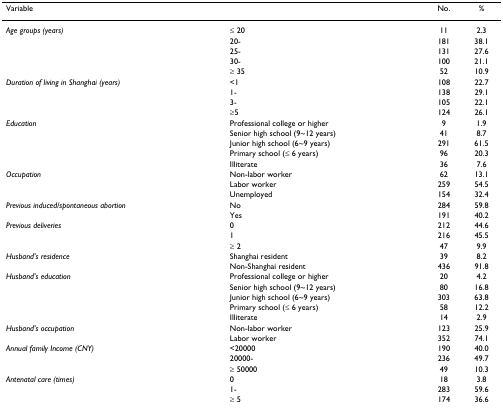
| Variable |  | No. | % |
 | --- | --- | --- | --- |
 | Age groups (years) | ≤ 20 | 11 | 2.3 |
 |  | 20- | 181 | 38.1 |
 |  | 25- | 131 | 27.6 |
 |  | 30- | 100 | 21.1 |
 |  | ≥ 35 | 52 | 10.9 |
 | Duration of living in Shanghai (years) | <1 | 108 | 22.7 |
 |  | 1- | 138 | 29.1 |
 |  | 3- | 105 | 22.1 |
 |  | ≥5 | 124 | 26.1 |
 | Education | Professional college or higher | 9 | 1.9 |
 |  | Senior high school (9~12 years) | 41 | 8.7 |
 |  | Junior high school (6~9 years) | 291 | 61.5 |
 |  | Primary school (≤ 6 years) | 96 | 20.3 |
 |  | Illiterate | 36 | 7.6 |
 | Occupation | Non-labor worker | 62 | 13.1 |
 |  | Labor worker | 259 | 54.5 |
 |  | Unemployed | 154 | 32.4 |
 | Previous induced/spontaneous abortion | No | 284 | 59.8 |
 |  | Yes | 191 | 40.2 |
 | Previous deliveries | 0 | 212 | 44.6 |
 |  | 1 | 216 | 45.5 |
 |  | ≥ 2 | 47 | 9.9 |
 | Husband's residence | Shanghai resident | 39 | 8.2 |
 |  | Non-Shanghai resident | 436 | 91.8 |
 | Husband's education | Professional college or higher | 20 | 4.2 |
 |  | Senior high school (9~12 years) | 80 | 16.8 |
 |  | Junior high school (6~9 years) | 303 | 63.8 |
 |  | Primary school (≤ 6 years) | 58 | 12.2 |
 |  | Illiterate | 14 | 2.9 |
 | Husband's occupation | Non-labor worker | 123 | 25.9 |
 |  | Labor worker | 352 | 74.1 |
 | Annual family Income (CNY) | <20000 | 190 | 40.0 |
 |  | 20000- | 236 | 49.7 |
 |  | ≥ 50000 | 49 | 10.3 |
 | Antenatal care (times) | 0 | 18 | 3.8 |
 |  | 1- | 283 | 59.6 |
 |  | ≥ 5 | 174 | 36.6 |